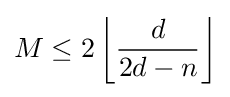
M\leq 2\left\lfloor {\frac {d}{2d-n}}\right\rfloor